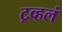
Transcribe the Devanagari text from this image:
ट्रव्हलं